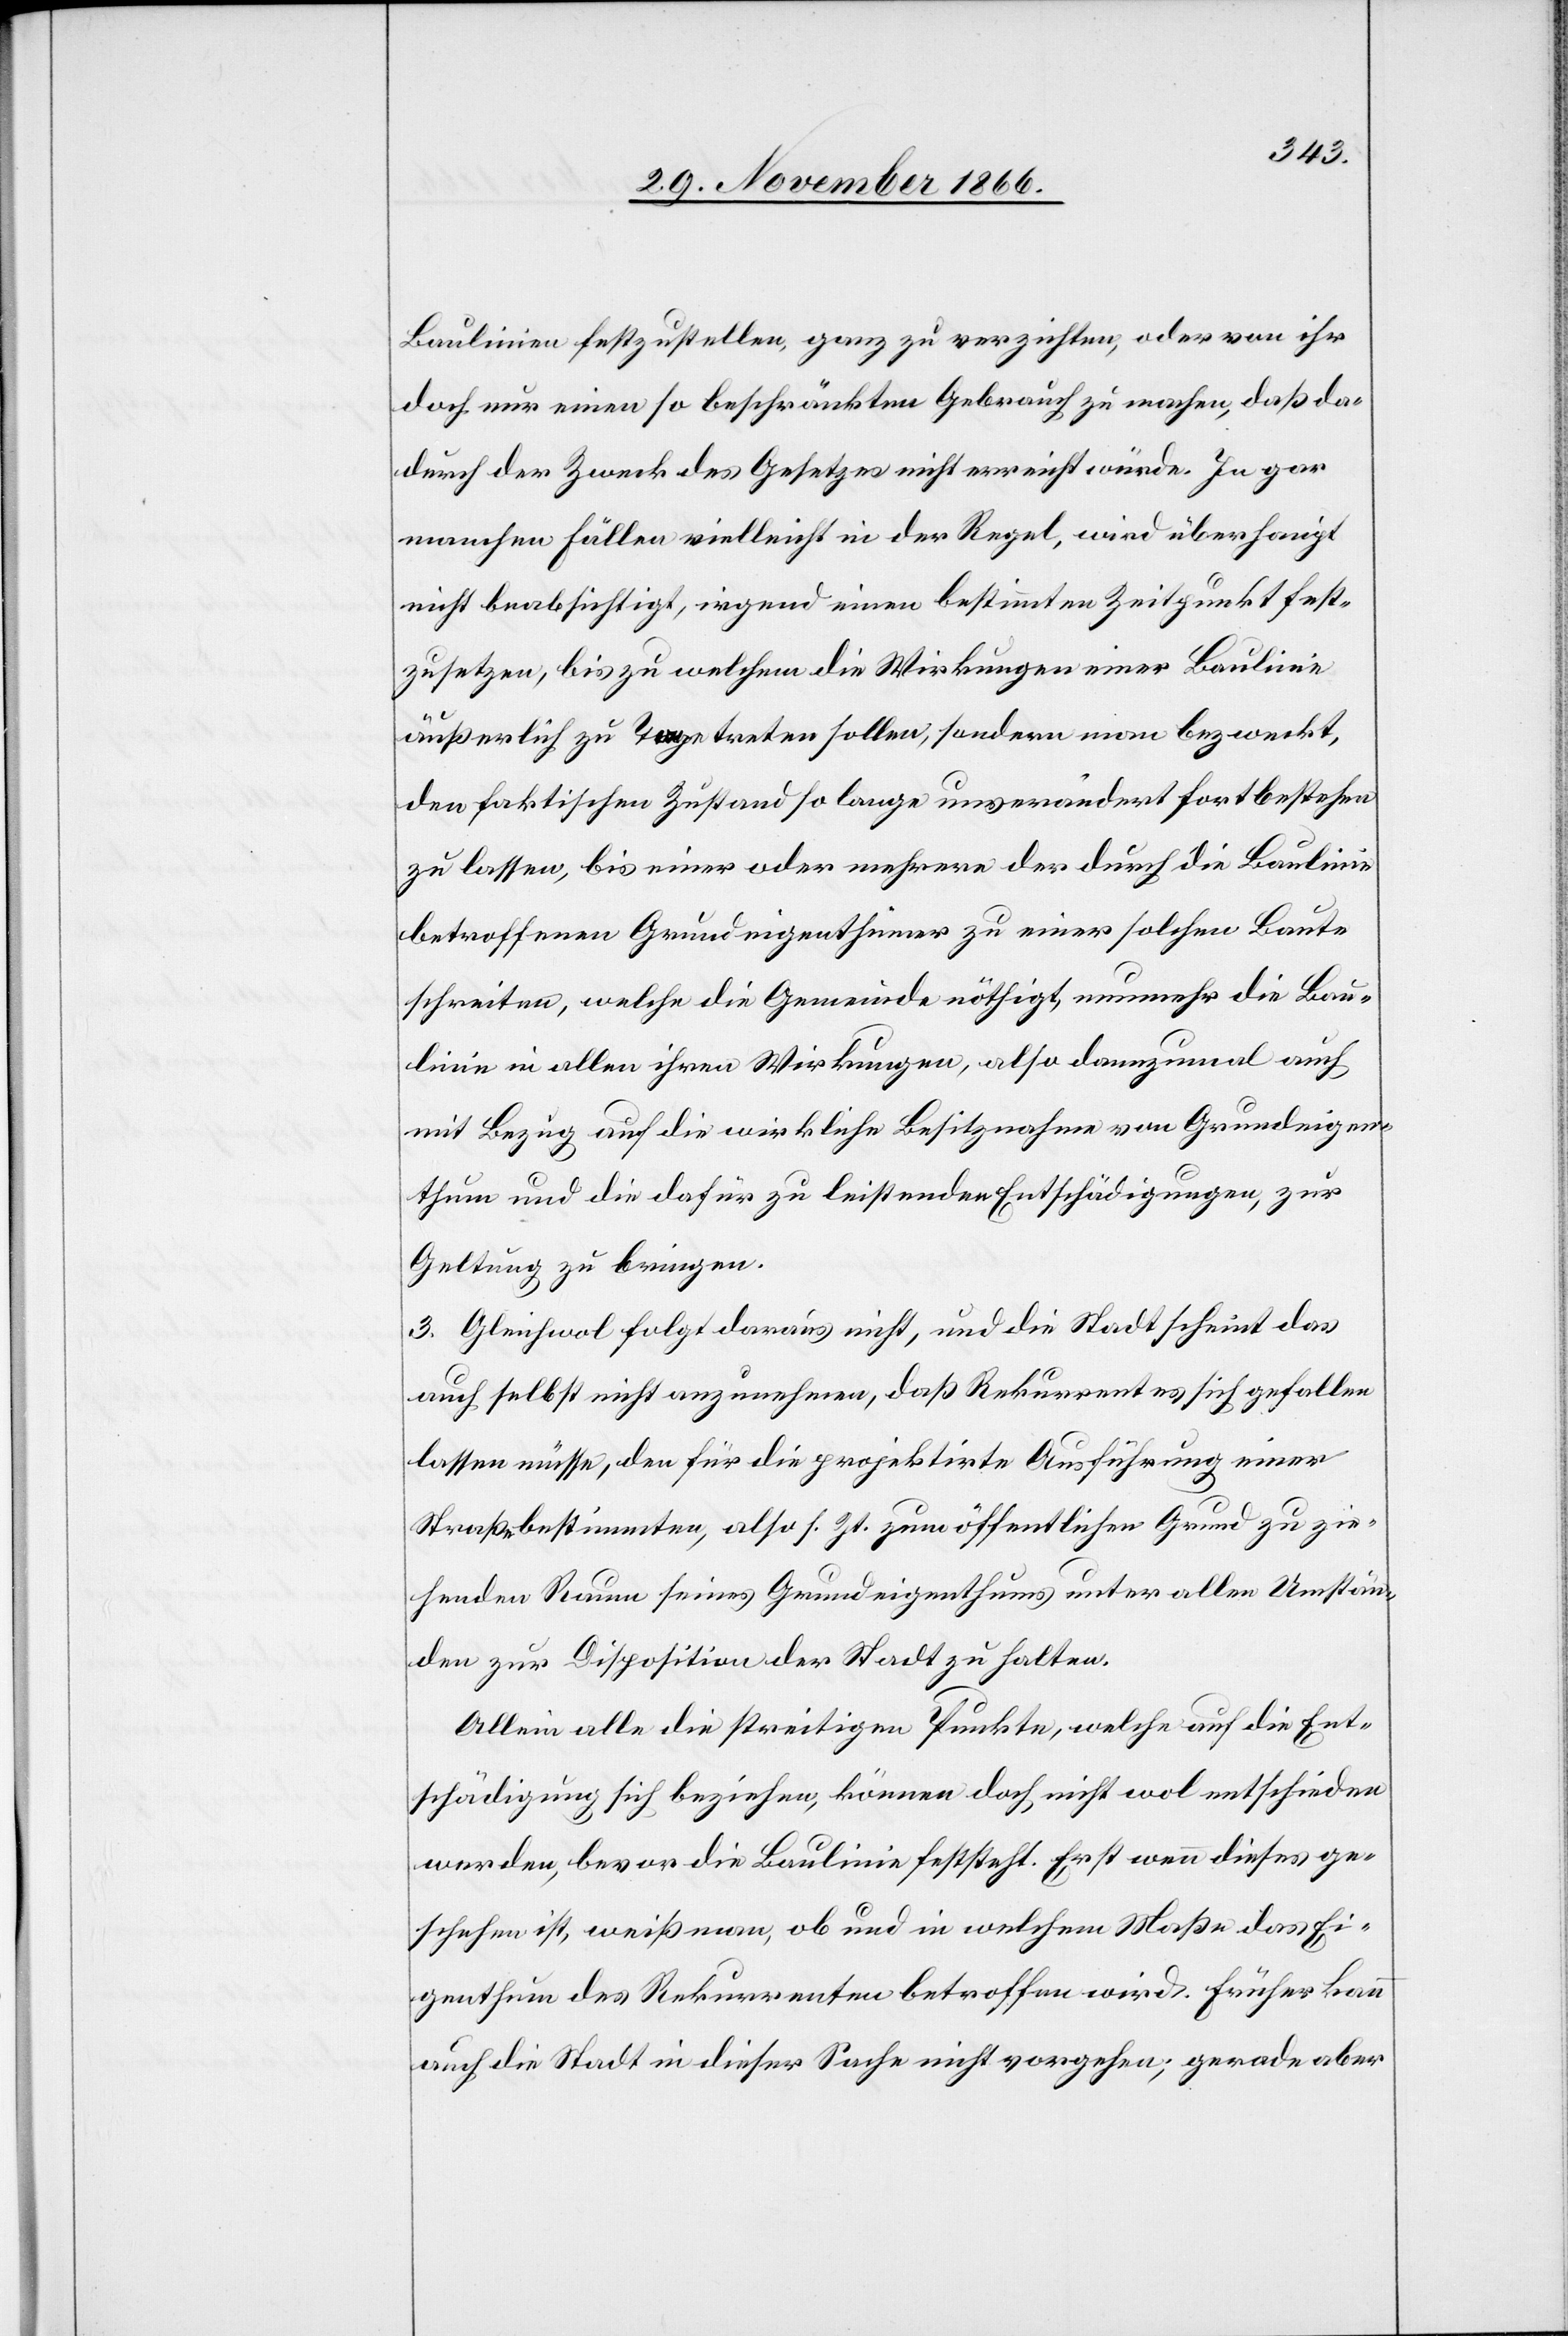
Baulinien festzustellen, ganz zu verzichten, oder von ihr
doch nur einen so beschränkten Gebrauch zu machen, daß da¬
durch der Zweck des Gesetzes nicht erreicht würde. In gar
manchen Fällen[,] vielleicht in der Regel, wird überhaupt
nicht beabsichtigt, irgend einen bestimmten Zeitpunkt fest¬
zusetzen, bis zu welchem die Wirkungen einer Baulinie
äußerlich zu Tage treten sollen, sondern man bezweckt,
den faktischen Zustand so lange unverändert fortbestehen
zu lassen, bis einer oder mehrere der durch die Baulinie
betroffenen Grundeigenthümer zu einer solchen Baute
schreiten, welche die Gemeinde nöthigt, nunmehr die Bau¬
linie in allen ihren Wirkungen, also dannzumal auch
mit Bezug auf die wirkliche Besitznahme von Grundeigen¬
thum und die dafür zu leistenden Entschädigungen, zur
Geltung zu bringen.
3. Gleichwol folgt daraus nicht, und die Stadt scheint das
auch selbst nicht anzunehmen, daß Rekurrent es sich gefallen
lassen müsse, den für die projektirte Ausführung einer
Straße bestimmten, also s. Zt. zum öffentlichen Grund zu zie¬
henden Raum seines Grundeigenthums unter allen Umstän¬
den zur Disposition der Stadt zu halten.
Allein alle die streitigen Punkte, welche auf die Ent¬
schädigung sich beziehen, können doch nicht wol entschieden
werden, bevor die Baulinie feststeht. Erst wenn dieses ge¬
schehen ist, weiß man, ob und in welchem Maße das Ei¬
genthum des Rekurrenten betroffen wird. Früher kann
auch die Stadt in dieser Sache nicht vorgehen; gerade aber